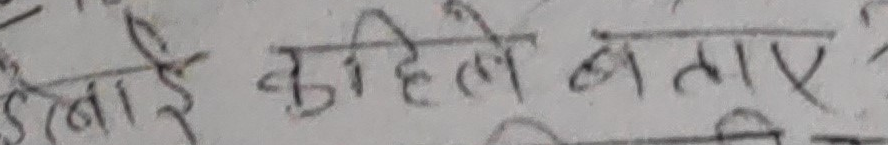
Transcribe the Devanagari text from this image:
बारे कुहिले बताए